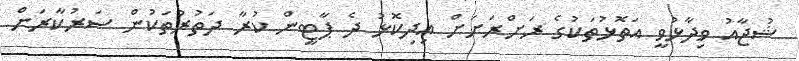
ޝުޖާއު ވިދާޅުވީ އަތޮޅުތަކުގެ ރަށްރަށަށް އިދިކޮޅު ދެ ޕާޓީން ކުރާ ދަތުރުތަކުން ސަރުކާރަށް